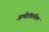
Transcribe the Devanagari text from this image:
अर्थतंत्रातील